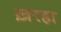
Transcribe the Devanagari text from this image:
ख़रहा